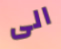
الى